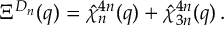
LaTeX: \Xi ^ { D _ { n } } ( q ) = \hat { \chi } _ { n } ^ { 4 n } ( q ) + \hat { \chi } _ { 3 n } ^ { 4 n } ( q ) \, .